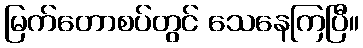
မြက်တောစပ်တွင် သေနေကြပြီ။